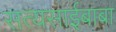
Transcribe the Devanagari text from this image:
सत्यसाईबाबा